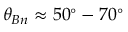
\theta _ { B n } \approx 5 0 ^ { \circ } - 7 0 ^ { \circ }